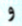
و